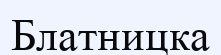
Блатницка